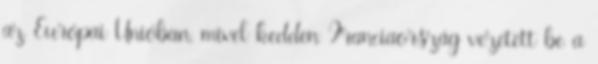
az Európai Unióban, mivel kedden Franciaország vezetett be a